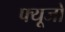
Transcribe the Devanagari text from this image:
फ्यूजों